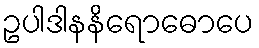
ဥပါဒါနနိရောဓောပေ